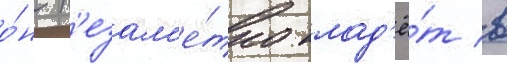
о́н н'езам'е́тно клад'ё́т в